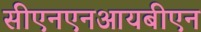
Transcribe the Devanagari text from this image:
सीएनएनआयबीएन